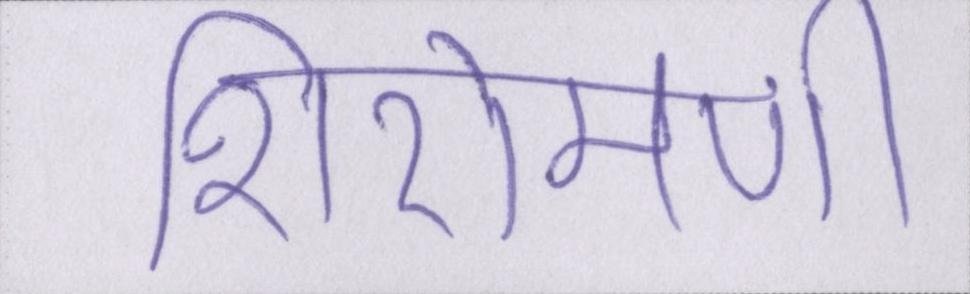
शिरोमणी